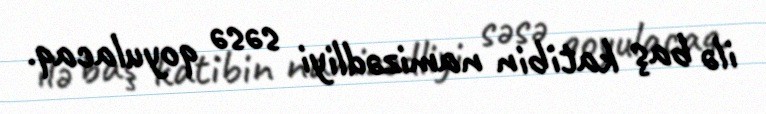
ilə baş katibin namizədliyi səsə qoyulacaq.